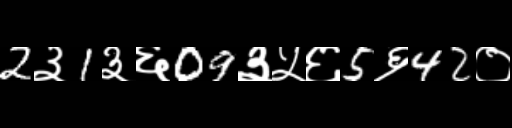
Text: 2३1३६09३५६5६42०